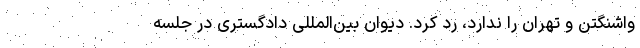
واشنگتن و تهران را ندارد، رد کرد. دیوان بین‌المللی دادگستری در جلسه‌